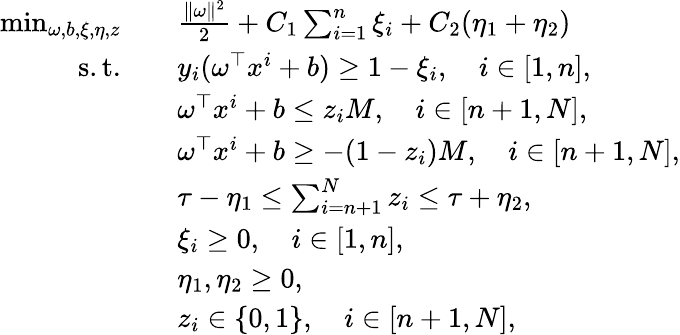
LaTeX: \begin{array}{rl}{\operatorname*{min}_{\omega,b,\xi,\eta,z}\quad}&{\frac{\Vert\omega\Vert^{2}}{2}+C_{1}\sum_{i=1}^{n}\xi_{i}+C_{2}(\eta_{1}+\eta_{2})}\\ {\mathrm{s.t.}\quad}&{y_{i}(\omega^{\top}x^{i}+b)\geq 1-\xi_{i},\quad i\in[1,n],}\\ &{\omega^{\top}x^{i}+b\leq z_{i}M,\quad i\in[n+1,N],}\\ &{\omega^{\top}x^{i}+b\geq-(1-z_{i})M,\quad i\in[n+1,N],}\\ &{\tau-\eta_{1}\leq\sum_{i=n+1}^{N}z_{i}\leq\tau+\eta_{2},}\\ &{\xi_{i}\geq 0,\quad i\in[1,n],}\\ &{\eta_{1},\eta_{2}\geq 0,}\\ &{z_{i}\in\{ 0,1\} ,\quad i\in[n+1,N],}\end{array}